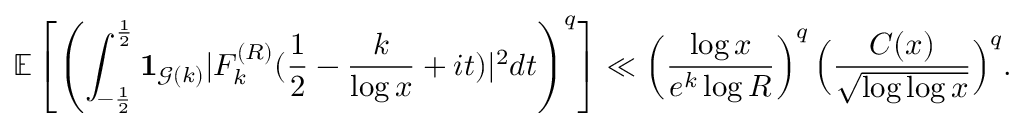
\mathbb E \left[ \left( \int _ { - \frac { 1 } { 2 } } ^ { \frac { 1 } { 2 } } \mathbf { 1 } _ { \mathcal { G } ( k ) } | F _ { k } ^ { ( R ) } ( \frac { 1 } { 2 } - \frac { k } { \log x } + i t ) | ^ { 2 } d t \right) ^ { q } \right] \ll \left( \frac { \log x } { e ^ { k } \log R } \right) ^ { q } \Big ( \frac { C ( x ) } { \sqrt { \log \log x } } \Big ) ^ { q } .